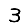
Digit: 3